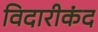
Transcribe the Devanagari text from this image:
विदारीकंद